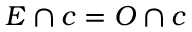
E \cap c = O \cap c